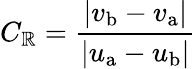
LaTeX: C_{\mathbb{R}}={\frac{{\left|v_{\mathrm{{b}}}-v_{\mathrm{{a}}}\right|}}{{\left|u_{\mathrm{{a}}}-u_{\mathrm{{b}}}\right|}}}